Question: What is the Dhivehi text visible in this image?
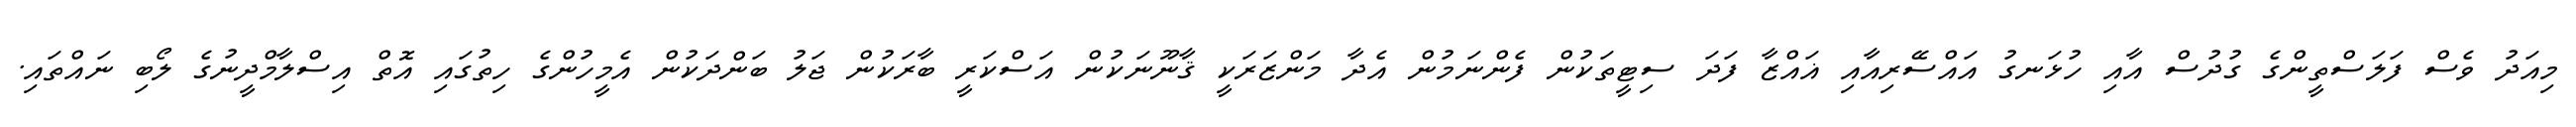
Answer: މިއަދު ވެސް ފަލަސްތީންގެ ގުދުސް އާއި ހުޅަނގު އައްސޭރިއާއި ޣައްޒާ ފަދަ ސިޓީތަކުން ފެންނަމުން އެދާ މަންޒަރަކީ ޤާނޫނަކުން އަސްކަރީ ބާރަކުން ޖަލު ބަންދަކުން އެމީހުންގެ ހިތުގައި އޮތް އިސްލާމްދީނުގެ ލޯބި ނައްތައި.